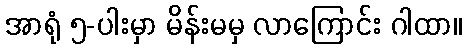
အာရုံ ၅-ပါးမှာ မိန်းမမှ လာကြောင်း ဂါထာ။